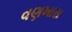
વણખાસ